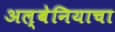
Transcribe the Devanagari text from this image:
अल्बेनियाचा